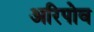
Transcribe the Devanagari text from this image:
अरिपोव